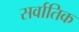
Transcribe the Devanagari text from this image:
सर्वातिक